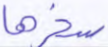
سخرها